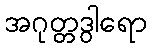
အဂုတ္တဒွါရော